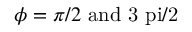
\phi = \pi / 2 \ \mathrm { { a n d } \ 3 \ p i / 2 }